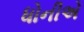
ધોનીએ